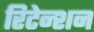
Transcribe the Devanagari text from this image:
रिटेन्शन